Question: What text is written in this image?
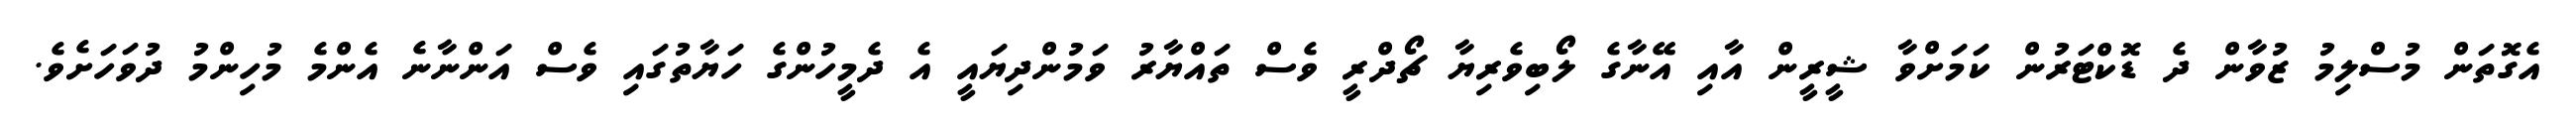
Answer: އެގޮތަން މުސްލިމު ޒުވާން ދެ ޑޮކްޓަރުން ކަމަށްވާ ޝީރީން އާއި އޭނާގެ ލޯބިވެރިޔާ ޗޯދްރީ ވެސް ތައްޔާރު ވަމުންދިޔައީ އެ ދެމީހުންގެ ހަޔާތުގައި ވެސް އަންނާނެ އެންމެ މުހިންމު ދުވަހަށެވެ.